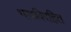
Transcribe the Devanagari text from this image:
भावविरहित